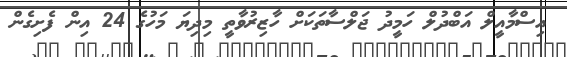
އިސްމާއީލް އަބްދުލް ހަމީދު ޖަލްސާތަކަށް ހާޒިރުވާތީ މިދިޔަ މަހުގެ 24 އިން ފެށިގެން